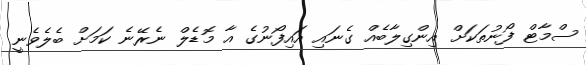
ސްމާޓް ފޯނުތަކަށް އިންގިލާބެއް ގެނައި އައިފޯނުގެ އާ މޮޑެލް ނެރޭނެ ކަމަށް ބެލެވެނީ